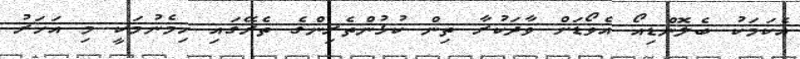
އެކަމަކު ބެލޮންޑިއޯ އެވޯޑަށް ވާދަކުރާ ތިން ކުޅުންތެރިންގެ ތެރޭގައި ހިމެނުމަކީ މި އަހަރު